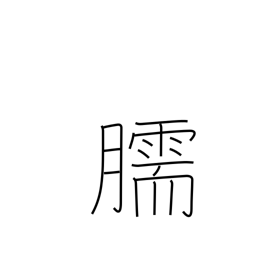
Meaning: shin